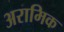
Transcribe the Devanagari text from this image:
अरामिक